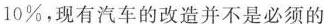
10\%，现有汽车的改造并不是必须的